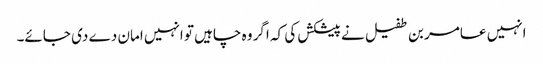
انہیں عامر بن طفیل نے پیشکش کی کہ اگر وہ چاہیں تو انہیں امان دے دی جائے۔